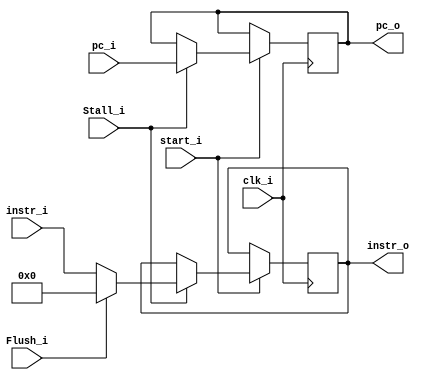
module Register_IFID(
	clk_i,
	start_i,
	
	pc_i,
	Stall_i,
	Flush_i,
	instr_i,

	pc_o,
	instr_o
);

input			clk_i,start_i;
input	[31:0]	pc_i; 
input			Flush_i;	
input  			Stall_i;
input   [31:0]  instr_i;

output	[31:0] 	pc_o;
output	[31:0]	instr_o;

reg 	[31:0] 	instr_o;
reg		[31:0] 	pc_o;

always @(posedge clk_i) begin
	if (start_i) begin 
		if (Stall_i) begin
			if (Flush_i) begin
				instr_o <= 32'd0;
				pc_o <= pc_i;		
			end	
			else begin
				instr_o <= instr_i;
				pc_o <= pc_i;	
			end
		end
	end 
	else begin
		instr_o <= instr_o;
		pc_o <= pc_o; 
	end
end
endmodule